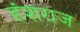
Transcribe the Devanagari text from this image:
हंशराज